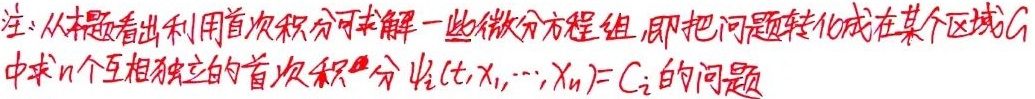
注：从本题看出利用首次积分可求解一些微分方程组，即把问题转化成在某个区域 \(G\) 中求 \(n\) 个互相独立的首次积分 \(\psi_{i}(t,x_{1},\cdots,x_{n}) = C_{i}\) 的问题。